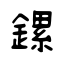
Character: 鏍